Punjab Mental Hospital Lahore 1922-31 - 1922-1931
Year: 1922
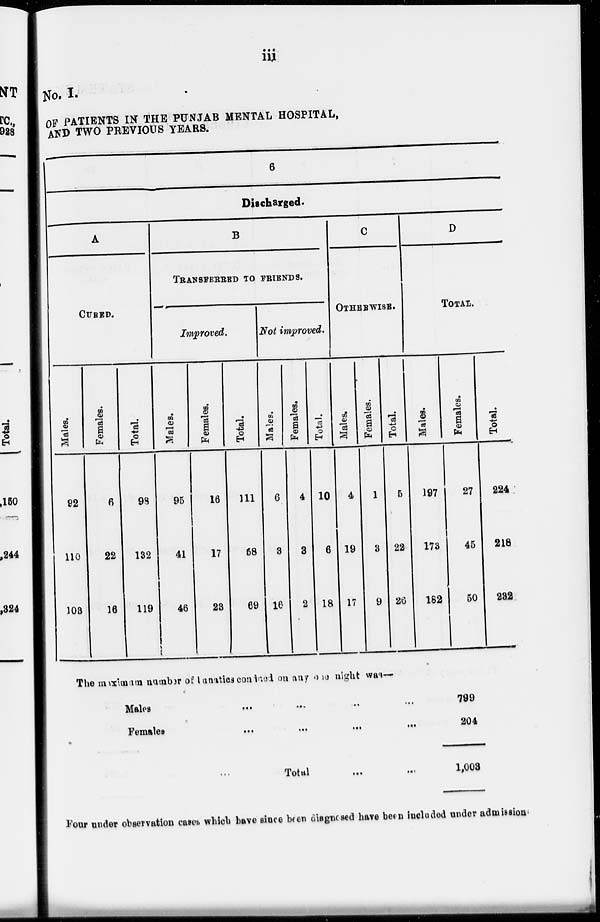
iii
No. I.
OF PATIENTS IN THE PUNJAB MENTAL HOSPITAL,
AND TWO PREVIOUS YEARS.
6
Discharged.
A
CURED.
Males.
92
110
103
Females.
6
22
16
Total.
98
132
119
B
TRANSFERRED TO FRIENDS.
Improved.
Males.
95
41
46
Females.
16
17
23
Total.
111
58
69
Not improved.
Males.
6
3
16
Females.
4
3
2
Total.
10
6
18
C
OTHERWISE.
Males.
4
19
17
Females.
1
3
9
Total
5
22
26
D
TOTAL.
Males.
197
173
182
Females.
27
45
50
Total.
224
218
232
The maximum number of lunatics confined on any one night was —
Males
...
...
...
...
...
Females
...
...
...
...
...
Total ... ...
799
204
1,003
Four under observation cases which have since been diagnosed have been included under admission.